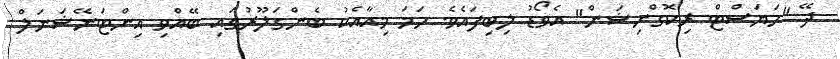
ދޭ "ހަޔަސްޓް ރިކޮގްނިޝަން" އެވޯޑު ލިބިފައެވެ. ހަމަ މިއާއެކު ބެންގަލޫރުގައި ބޭއްވި އިންޓަނޭޝަނަލް